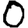
Digit: 0